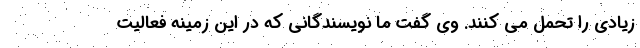
زیادی را تحمل می کنند. وی گفت ما نویسندگانی که در این زمینه فعالیت